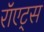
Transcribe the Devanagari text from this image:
रॉएट्स